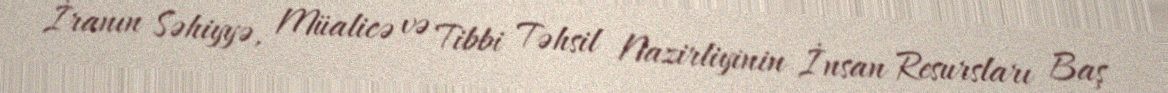
İranın Səhiyyə, Müalicə və Tibbi Təhsil Nazirliyinin İnsan Resursları Baş